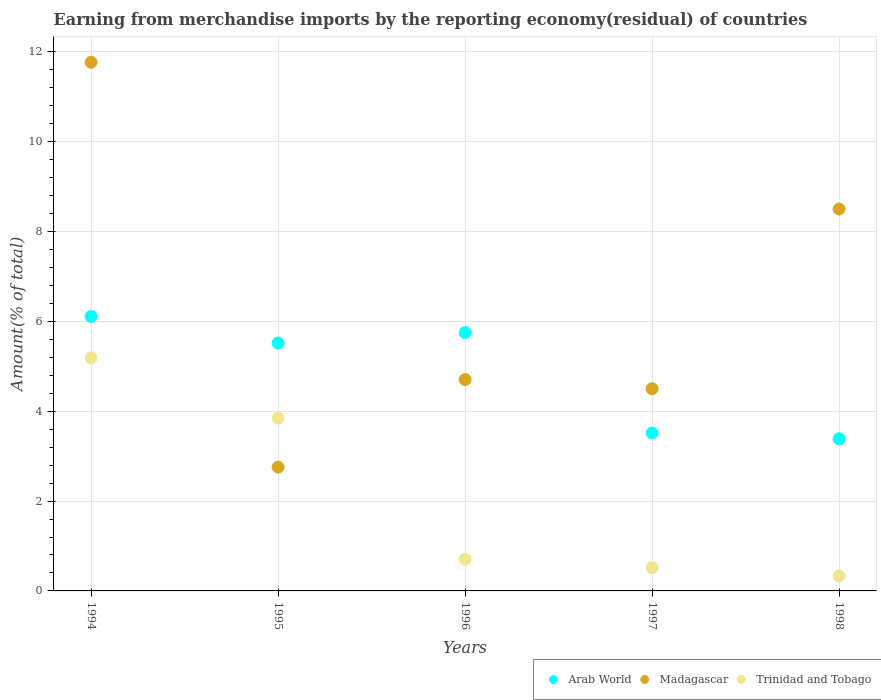
| Years | Arab World | Madagascar | Trinidad and Tobago |
 | --- | --- | --- | --- |
 | 1994 | 6.11 | 11.8 | 5.19 |
 | 1995 | 5.52 | 2.76 | 3.85 |
 | 1996 | 5.75 | 4.71 | 0.706 |
 | 1997 | 3.52 | 4.5 | 0.516 |
 | 1998 | 3.39 | 8.5 | 0.335 |